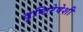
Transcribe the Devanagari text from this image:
दृष्टिरेषेशी